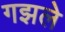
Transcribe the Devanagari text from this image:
गझले